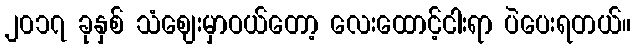
၂၀၁၇ ခုနှစ် သံဈေးမှာဝယ်တော့ လေးထောင့်ငါးရာ ပဲပေးရတယ်။